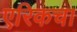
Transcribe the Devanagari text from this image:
एरिकचा